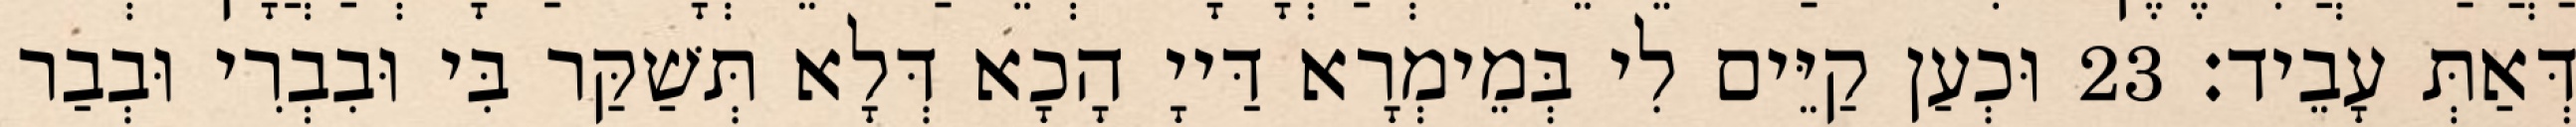
דְּאַתְּ עָבֵיד׃ 23 וּכְעַן קַיֵּים לִי בְּמֵימְרָא דַּייָ הָכָא דְּלָא תְּשַׁקַּר בִּי וּבִבְרִי וּבְבַר